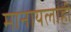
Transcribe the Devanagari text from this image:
मानायलाही